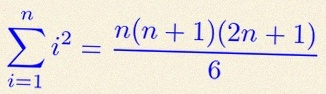
\sum_{i=1}^{n}i^2=\frac{n(n+1)(2n+1)}6